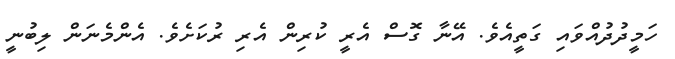
ހަމީދުދުއްވައި ގަތީއެވެ. އޭނާ ގޮސް އެރީ ކުރިން އެރި ރުކަށެވެ. އެންމެނަން ލިބުނީ